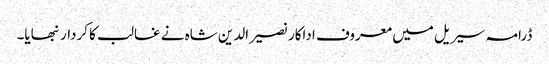
ڈرامہ سیریل میں معروف اداکار نصیرالدین شاہ نے غالب کا کردار نبھایا۔